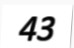
43